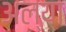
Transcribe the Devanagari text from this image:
अल्या